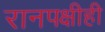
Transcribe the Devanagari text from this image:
रानपक्षीही